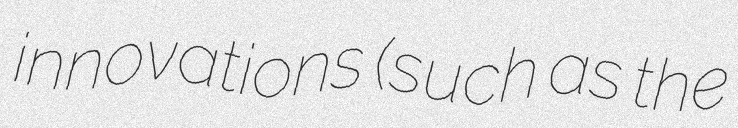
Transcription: innovations (such as the